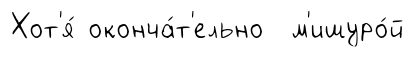
Хот'я́ оконча́т'ельно м'ишуро́й